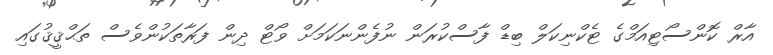
އާރް ކޮންސޯޓިއަމްގެ ޓެކްނިކަލް ބިޑް ފާސްކުރަން ނުފެންނަކަމަށް ވޯޓް ދިން ފަރާތަކުންވެސް ތަޙްޤީޤުގައި